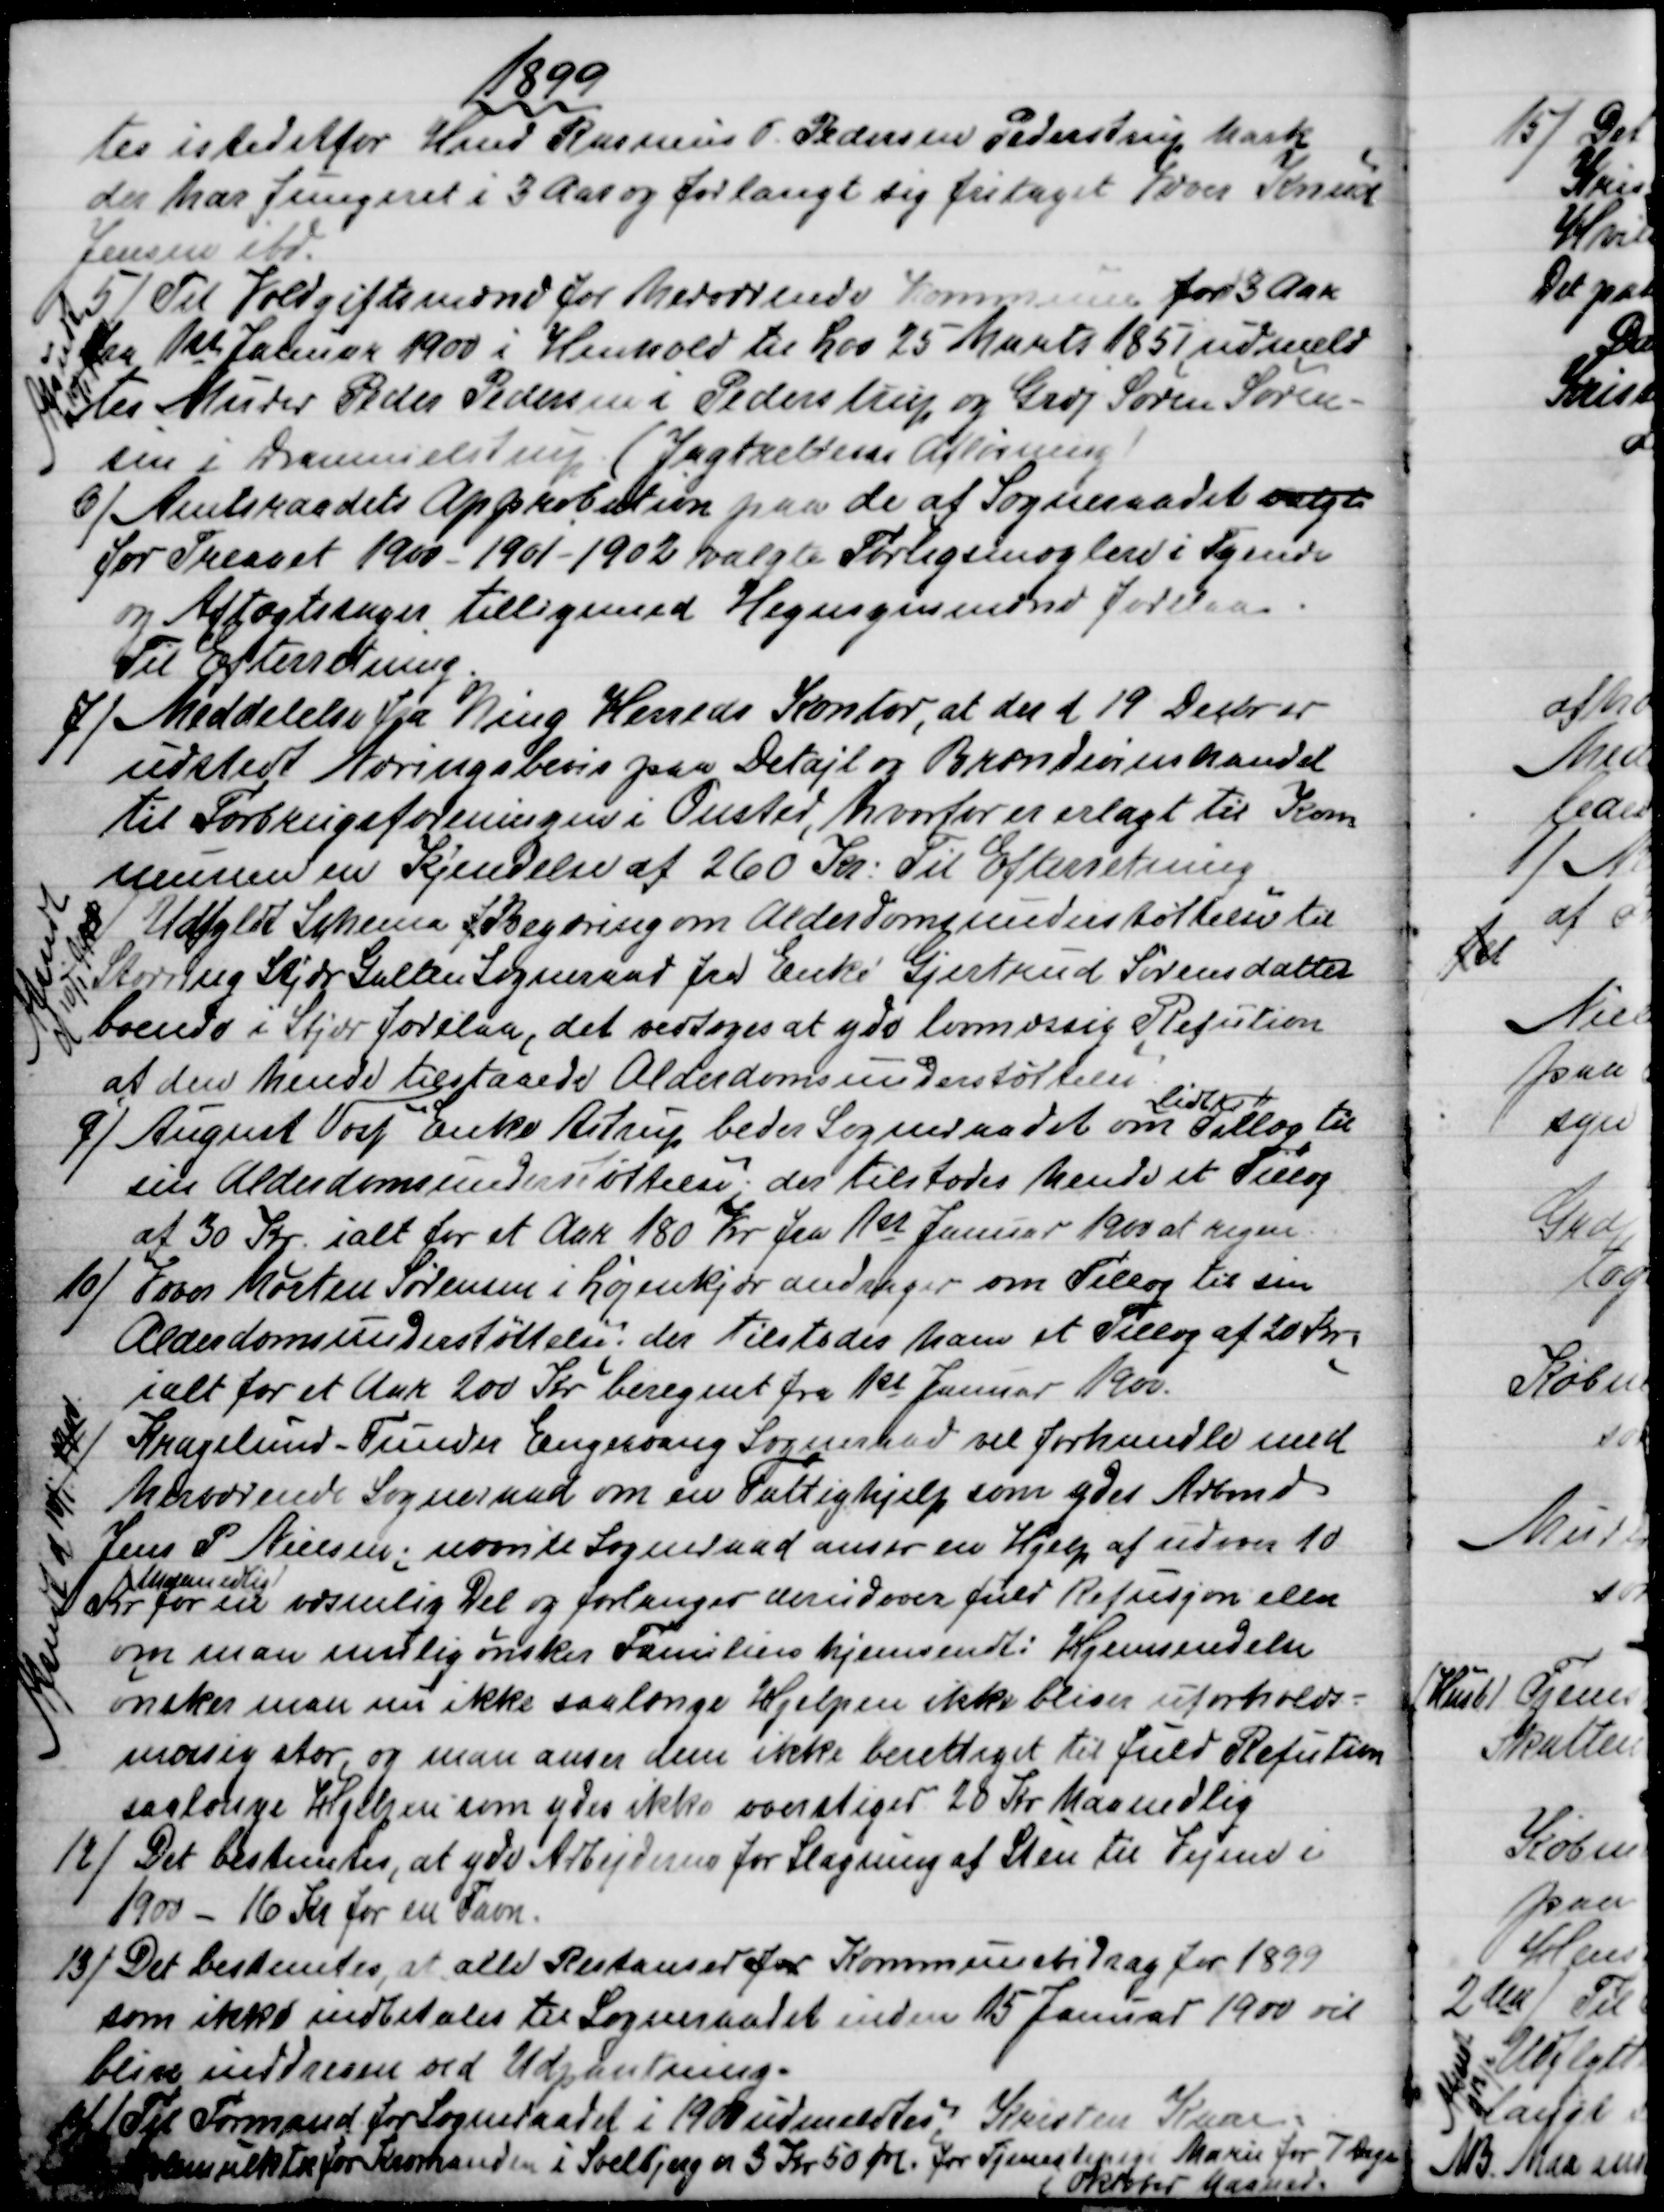
Transskription:
1899
tes istedetfor Hmd Rasmus P. Pedersen Pederstrup Mark
der har fungeret i 3 Aar og forlangt sig fritaget Væver Knud
Jensen ibd.
5)
Til Voldgiftsmænd for herværende Kommune for 3 Aar
den 1st Januar 1900 i Henhold til Lov 25 Marts 1851 udmeld
tes Murer Peder Pedersen i Pederstrup og Grdj Søren Søren-
sen i Drammelstrup (Jagtrettens Afløsning)
Afsendt
10/1 1900
6)
Amtsraadets Approbation paa de af Sogneraadet valgt
for Treaaret 1900 - 1901 -1902 valgte Forligsmæglere i Tyende
og Aftægtssager tilligemed Hegnsynsmænd forelaa.
Til Efterretning.
7)
Meddelelse fra Ning Herreds Kontor, at der d 19 Decbr er
udstedt Næringsbevis paa Detajl og Brændevinshandel
til Forbrugsforeningen i Onsted, hvorfor er erlagt til Kom
munen en Kjendelse af 260 Kr.: Til Efterretning
8)
Udfyldt Schema f Begæring om Alderdomsunderstøttelse til
Storring Stjær Galten Sogneraad fra Enke Gjertrud Sørensdatter
boende i Stjær forelaa, det vedtoges at yde lovmæssig Refution
af den hende tilstaaede Alderdomsunderstøttelse.
Afsendt
d 10/1 1900
9)
August Voss Enke Astrup beder Sogneraadet om 
lidt
Tillæg til
sin Alderdomsunderstøttelse; der tilstodes hende et Tillæg
af 30 Kr. ialt for et Aar 180 Kr fra 1st Januar 1900 at regne.
10) Væver Morten Sørensen i Løjenkjær andrager om Tillæg til sin
Alderdomsunderstøttelse; der tilstodes ham et Tillæg af 20 Kr.
ialt for et Aar 200 Kr beregnet fra 1st Januar 1900.
11)
Kragelund-Funder Engesvang Sogneraad vil forhandle med
herværende Sogneraad om en Fattighjelp som ydes Arbmd
Jens P Nielsen; nævnte Sogneraad anser en Hjelp af udover 10
Kr  
Maanedlig
for en væsenlig Del og forlanger derudover fuld Refusjon eller
om man mulig ønsker Familien hjemsendt: Hjemsendelse
ønsker man nu ikke saalænge Hjelpen ikke bliver uforholds-
mæssig stor, og man anser dem ikke berettiget til fuld Refution
saalænge Hjelpen som ydes ikke overstiger 20 Kr Maanedlig
Afsendt d 10/1 1900
12)
Det bestemtes, at yde Arbejderne for Slagning af Sten til Vejene i
1900 - 16 Kr for en Favn.
13)
Det bestemtes, at alle Restanser for Kommunebidrag for 1899
som ikke indbetales til Sogneraadet inden 15 Januar 1900 vil
blive inddreven ved Udpantning.
14)
Til Formand for Sogneraadet i 1900 udmeldtes Kristen Kaae
Skolemulkter for Kromanden i Soelbjerg er 3 Kr 50 Øre. for Tjenestepige Marie for 7 Dage
i Oktober Maaned.